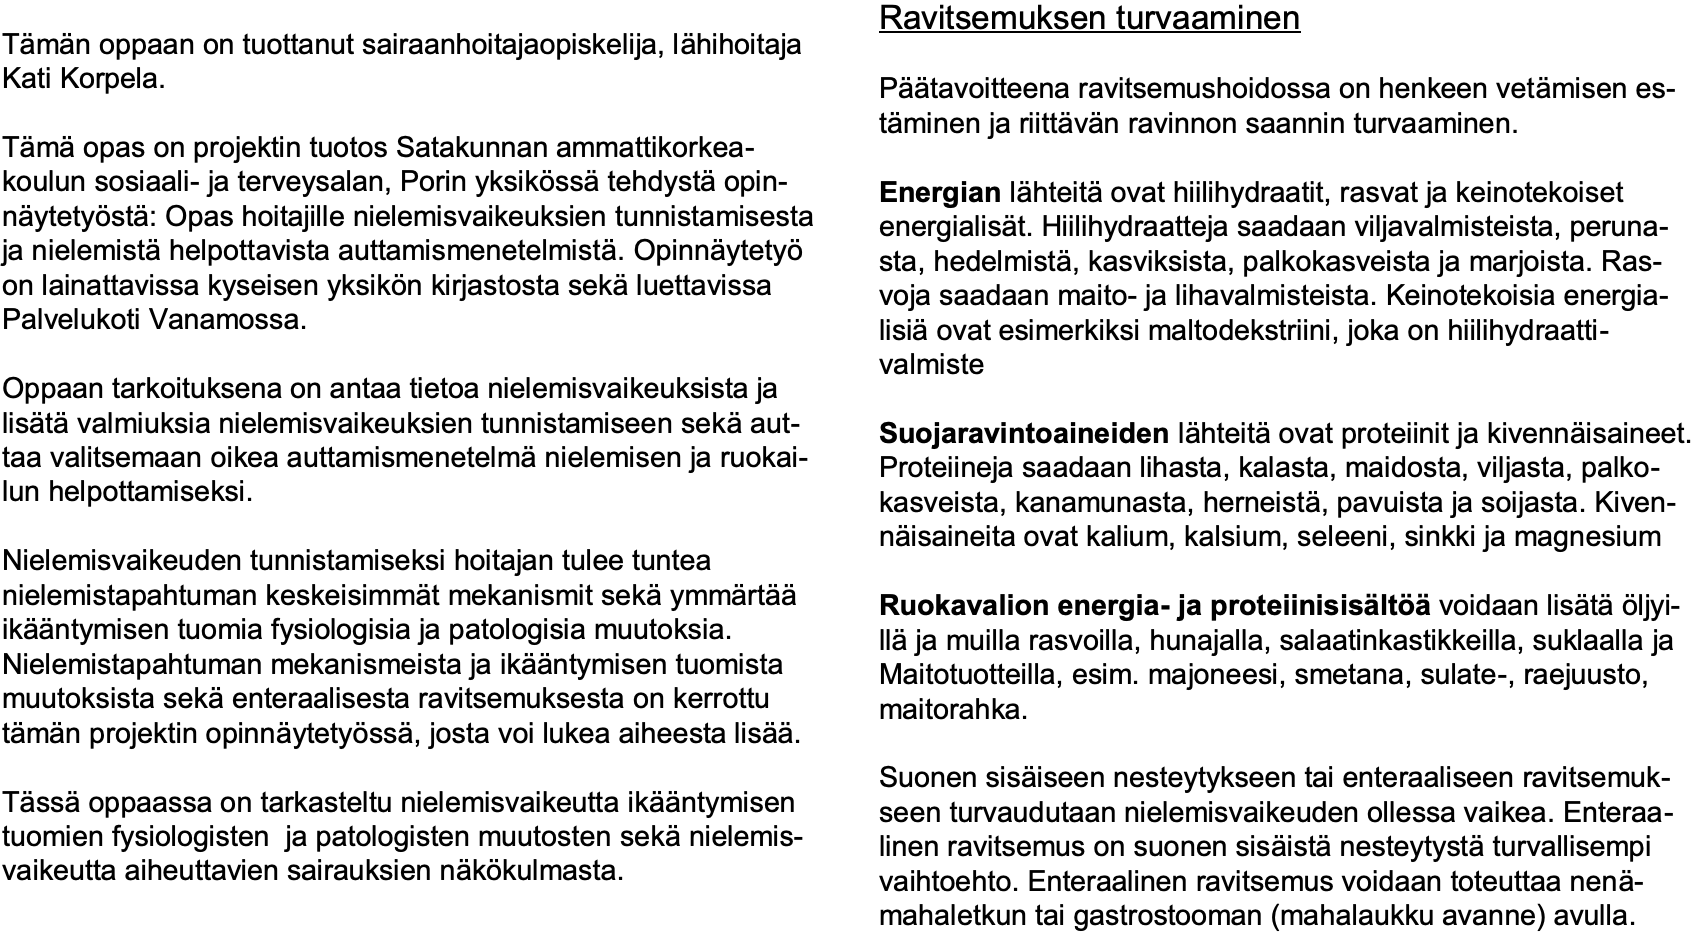
Ravitsemuksen turvaaminen Tämän oppaan on tuottanut sairaanhoitajaopiskelija, lähihoitaja Kati Korpela.                Päätavoitteena ravitsemushoidossa on henkeen vetämisen es- täminen ja riittävän ravinnon saannin turvaaminen. Tämäopas on projektin tuotos Satakunnan ammattikorkea- koulun sosiaali-ja terveysalan, Porin yksikössätehdystäopin- Energianlähteitäovat hiilihydraatit, rasvat ja keinotekoiset näytetyöstä: Opas hoitajille nielemisvaikeuksien tunnistamisesta energialisät. Hiilihydraatteja saadaan viljavalmisteista, peruna- ja nielemistähelpottavista auttamismenetelmistä. Opinnäytetyö sta, hedelmistä, kasviksista, palkokasveista ja marjoista. Ras- on lainattavissa kyseisen yksikön kirjastosta sekäluettavissa voja saadaan maito-ja lihavalmisteista. Keinotekoisia energia- Palvelukoti Vanamossa.       lisiäovat esimerkiksi maltodekstriini, joka on hiilihydraatti- valmiste Oppaan tarkoituksena on antaa tietoa nielemisvaikeuksista ja lisätävalmiuksia nielemisvaikeuksien tunnistamiseen sekäaut- Suojaravintoaineidenlähteitäovat proteiinit ja kivennäisaineet. taa valitsemaan oikea auttamismenetelmänielemisen ja ruokai- Proteiineja saadaan lihasta, kalasta, maidosta, viljasta, palko- lun helpottamiseksi.         kasveista, kanamunasta, herneistä, pavuista ja soijasta. Kiven- näisaineita ovat kalium, kalsium, seleeni, sinkki ja magnesium Nielemisvaikeuden tunnistamiseksi hoitajan tulee tuntea nielemistapahtuman keskeisimmät mekanismit sekäymmärtää Ruokavalion energia-ja proteiinisisältöävoidaan lisätäöljyi- ikääntymisen tuomia fysiologisia ja patologisia muutoksia. lläja muilla rasvoilla, hunajalla, salaatinkastikkeilla, suklaallaja Nielemistapahtuman mekanismeista ja ikääntymisen tuomista Maitotuotteilla, esim. majoneesi, smetana, sulate-, raejuusto, muutoksista sekäenteraalisesta ravitsemuksesta on kerrottu maitorahka. tämän projektin opinnäytetyössä, josta voi lukea aiheesta lisää. Suonen sisäiseen nesteytykseen tai enteraaliseen ravitsemuk- Tässäoppaassa on tarkasteltu nielemisvaikeutta ikääntymisen seen turvaudutaan nielemisvaikeuden ollessa vaikea. Enteraa- tuomien fysiologisten ja patologisten muutosten sekänielemis- linen ravitsemus on suonen sisäistänesteytystäturvallisempi vaikeutta aiheuttavien sairauksien näkökulmasta. vaihtoehto. Enteraalinen ravitsemus voidaan toteuttaa nenä- mahaletkun tai gastrostooman (mahalaukku avanne) avulla.